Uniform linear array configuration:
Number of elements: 64
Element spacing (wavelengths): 1
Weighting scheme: blackman
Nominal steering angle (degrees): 0
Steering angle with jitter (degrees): -1.891
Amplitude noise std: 0.05
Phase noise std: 0.05

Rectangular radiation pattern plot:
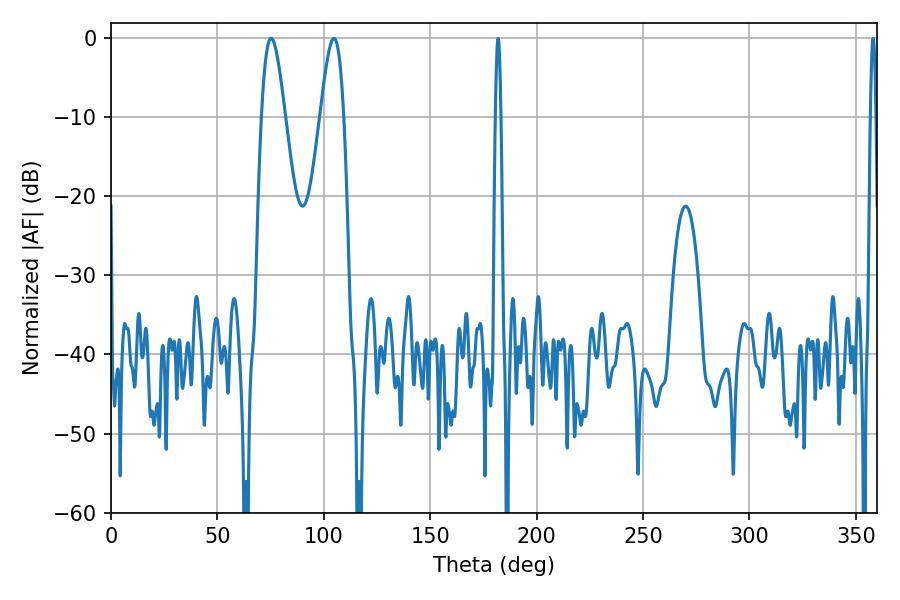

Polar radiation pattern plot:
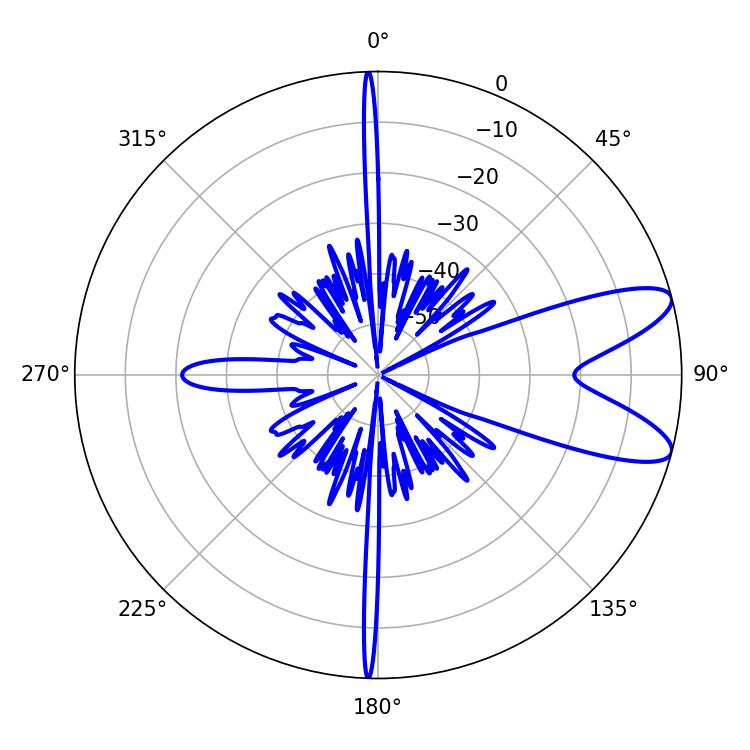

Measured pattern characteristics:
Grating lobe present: TRUE
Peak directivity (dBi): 9.573
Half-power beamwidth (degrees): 5.94
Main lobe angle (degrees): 75.24